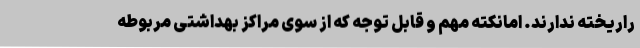
راریخته ندارند. امانکته مهم و قابل توجه که از سوی مراکز بهداشتی مربوطه